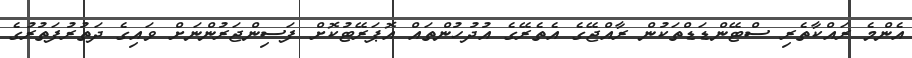
އެންމެ ރައްކާތެރި ސްޓޭންޑަޑްތަކުން ރާއްޖޭގެ އެތެރޭގެ އުދުހުންތައް އޮޕަރޭޓުކޮށް ފަސިންޖަރުންނަށް ވައިގެ ދަތުރުފަތުރުގެ